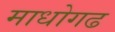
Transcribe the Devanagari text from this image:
माधोगढ